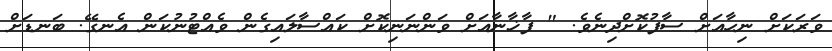
ވަރަކަށް ނިހާއަށް ސާފުކޮށްދިނެވެ. " ފާޚާނާއަށް ވަންނަނިކޮށް ކައްސާލައިގެން ވެއްޓުނުކަން އެނގޭ. ބަނޑަށް